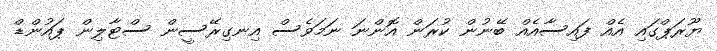
ޔޫރަޕްގައި އެއް ފައިސާއެއް ބޭނުން ކުރަން އޮންނަ ނަމަވެސް އިނގިރޭސީން ސްޓާލިން ޕައުންޑް